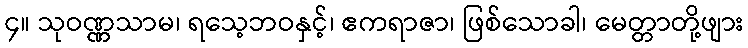
၄။ သုဝဏ္ဏသာမ၊ ရသေ့ဘဝနှင့်၊ ဧကရာဇာ၊ ဖြစ်သောခါ၊ မေတ္တာတို့ဖျား